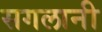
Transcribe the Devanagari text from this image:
सगलानी